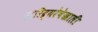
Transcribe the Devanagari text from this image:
द्रारिद्र्यरेषेखाली